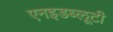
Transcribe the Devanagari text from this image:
एनइडब्लूटी